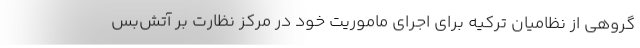
گروهی از نظامیان ترکیه برای اجرای ماموریت خود در مرکز نظارت بر آتش‌بس